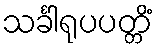
သင်္ခါရုပပတ္တိံ